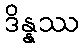
ဒိန္နဿ